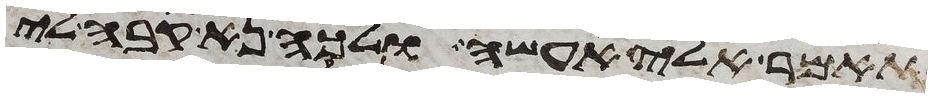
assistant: תאמר אלי אעשה ולכה נא קבה לי